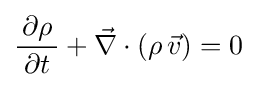
{\frac {\,\partial \rho \,}{\,\partial t\,}}+{\vec {\nabla }}\cdot \left(\rho \,{\vec {v}}\right)=0~